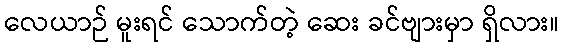
လေယာဉ် မူးရင် သောက်တဲ့ ဆေး ခင်ဗျားမှာ ရှိလား။